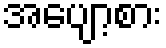
အပျော့စား